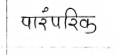
मजकूर: पारंपरिक